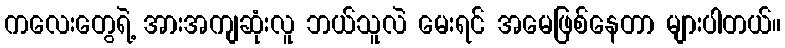
ကလေးတွေရဲ့ အားအကျဆုံးလူ ဘယ်သူလဲ မေးရင် အမေဖြစ်နေတာ များပါတယ်။